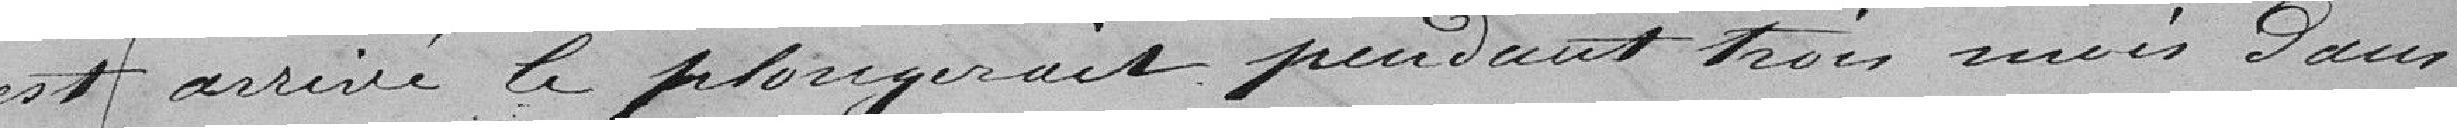
est arrivé le plongerait pendant trois mois dans